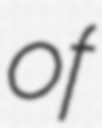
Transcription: of